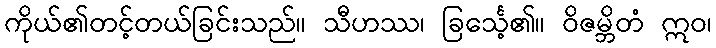
ကိုယ်၏တင့်တယ်ခြင်းသည်။ သီဟဿ၊ ခြင်္သေ့၏။ ဝိဇမ္ဘိတံ ဣဝ၊